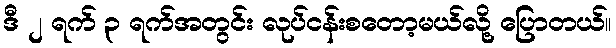
ဒီ ၂ ရက် ၃ ရက်အတွင်း လုပ်ငန်းစတော့မယ်လို့ ပြောတယ်။